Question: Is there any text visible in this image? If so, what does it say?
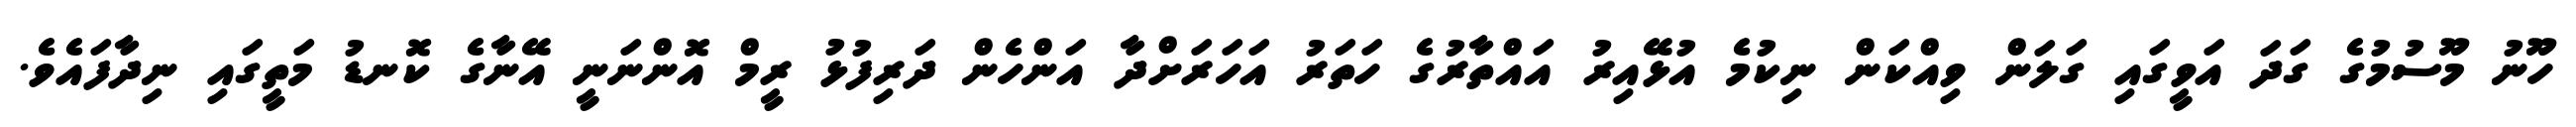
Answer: ހޫނު މޫސުމުގެ ގަދަ އަވީގައި ގަލަން ވިއްކަން ނިކުމެ އުޅޭއިރު އައްތާރުގެ ހަތަރު އަހަރަށްދާ އަންހެން ދަރިފުޅު ރީމް އޮންނަނީ އޭނާގެ ކޮނޑު މަތީގައި ނިދާފައެވެ.